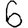
Digit: 6